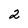
Character: 2